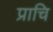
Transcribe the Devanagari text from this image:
प्राचि